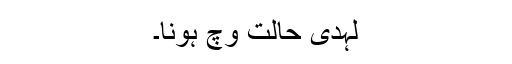
لَہدی حالت وچ ہونا۔